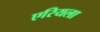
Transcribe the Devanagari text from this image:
एरियला